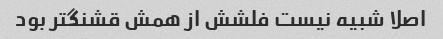
اصلا شبیه نیست فلشش از همش قشنگتر بود